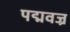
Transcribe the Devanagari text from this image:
पद्मवज्र